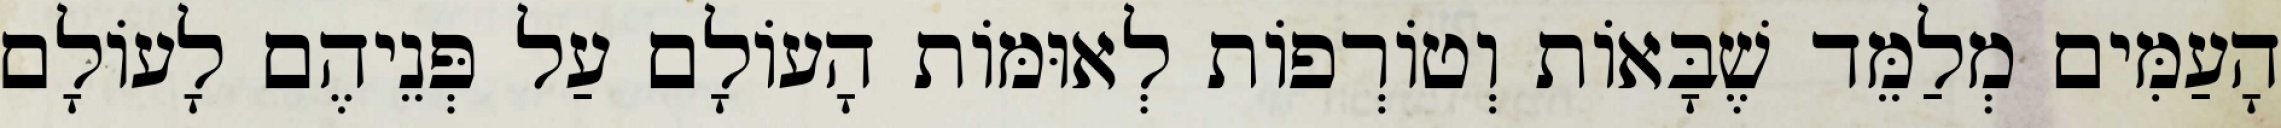
הָעַמִּים מְלַמֵּד שֶׁבָּאוֹת וְטוֹרְפוֹת לְאוּמּוֹת הָעוֹלָם עַל פְּנֵיהֶם לָעוֹלָם